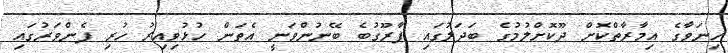
ހިނަވާގެ އިމާރާތްކޮށް ދޫކޮށްލުމުގެ ބަދަލުގައި ފާރޫގުބެ ބޭނުންވަނީ އެތަން ހުޅުވިއިރު ހުރި ފެންވަރުގައި